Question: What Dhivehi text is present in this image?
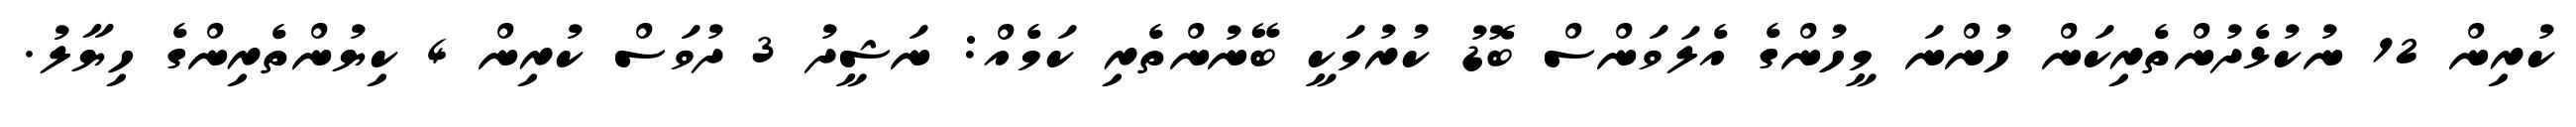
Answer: ކުރިން 12 ނުކުޅެދުންތެރިކަން ހުންނަ މީހުންގެ އެލަވަންސް ބޮޑު ކުރުމަކީ ބޭނުންތެރި ކަމެއް: ނަޝީދު 3 ދުވަސް ކުރިން 4 ކިޔުންތެރިންގެ ހިޔާލު.